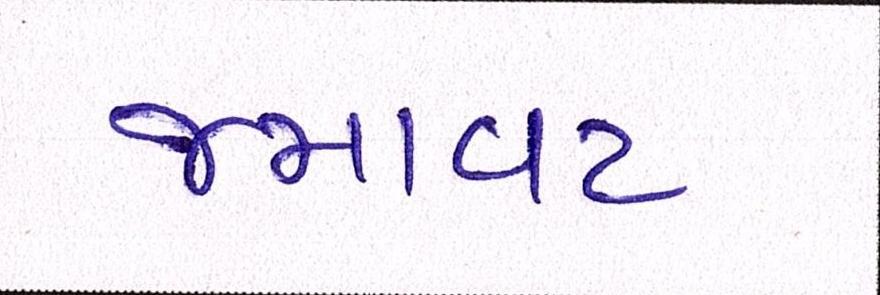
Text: જમાવટ